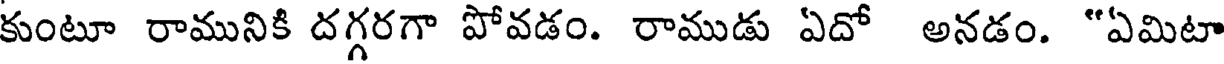
కుంటూ రామునికి దగ్గరగా పోవడం. రాముడు ఏదో అనడం. "ఏమిటా